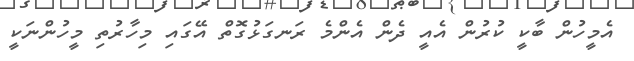
އެމީހުން ބާކީ ކުރުން އެއީ ދެން އެންމެ ރަނގަޅުގޮތް އޭގައި މިހާރުތި މީހުންނަކީ